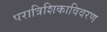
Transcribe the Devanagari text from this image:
परात्रिशिकाविवरण